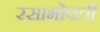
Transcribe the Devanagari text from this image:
रसाभोवती